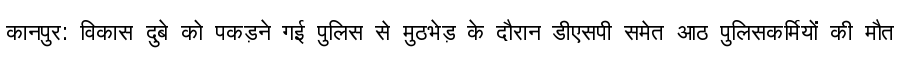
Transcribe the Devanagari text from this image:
कानपुर: विकास दुबे को पकड़ने गई पुलिस से मुठभेड़ के दौरान डीएसपी समेत आठ पुलिसकर्मियों की मौत